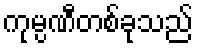
ကုမ္ပဏီတစ်ခုသည်